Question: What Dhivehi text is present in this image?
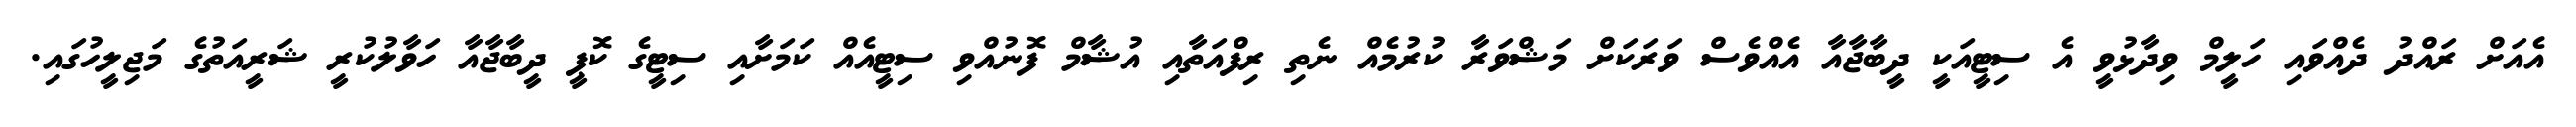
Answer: އެއަށް ރައްދު ދެއްވައި ހަލީމް ވިދާޅުވީ އެ ސިޓީއަކީ ދީބާޖާއާ އެއްވެސް ވަރަކަށް މަޝްވަރާ ކުރުމެއް ނެތި ރިފްއަތާއި އުޝާމް ފޮނުއްވި ސިޓީއެއް ކަމަށާއި ސިޓީގެ ކޮޕީ ދީބާޖާއާ ހަވާލުކުރީ ޝަރީއަތުގެ މަޖިލީހުގައި.